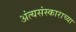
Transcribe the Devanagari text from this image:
अंत्यसंस्काराच्या